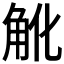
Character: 𧢽